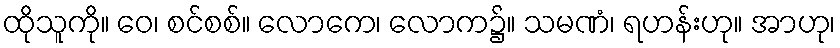
ထိုသူကို။ ဝေ၊ စင်စစ်။ လောကေ၊ လောက၌။ သမဏံ၊ ရဟန်းဟု။ အာဟု၊